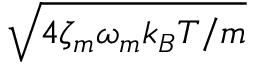
\sqrt { 4 \zeta _ { m } \omega _ { m } k _ { B } T / m }